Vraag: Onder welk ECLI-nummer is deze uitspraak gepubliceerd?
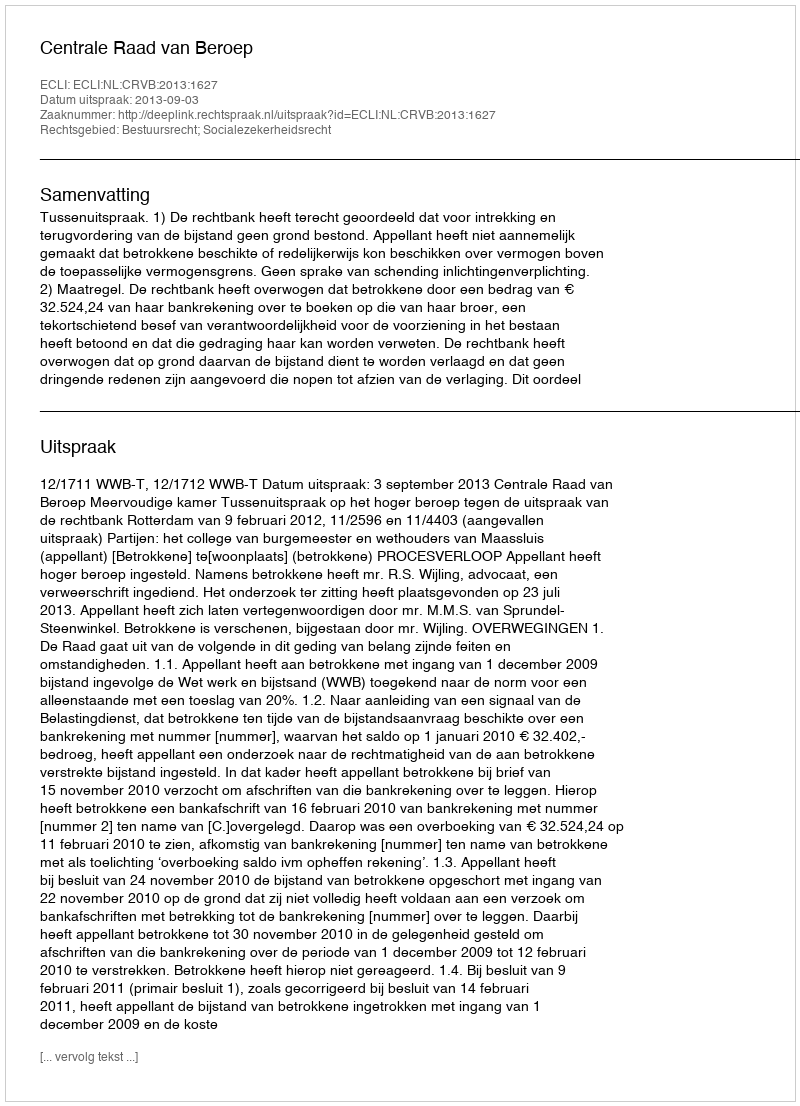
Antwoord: ECLI:NL:CRVB:2013:1627